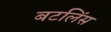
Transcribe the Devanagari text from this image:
बटलिंस